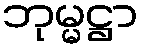
ဘုမ္မဋ္ဌာ